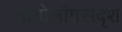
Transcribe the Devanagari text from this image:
मोनोलॉगसदृश